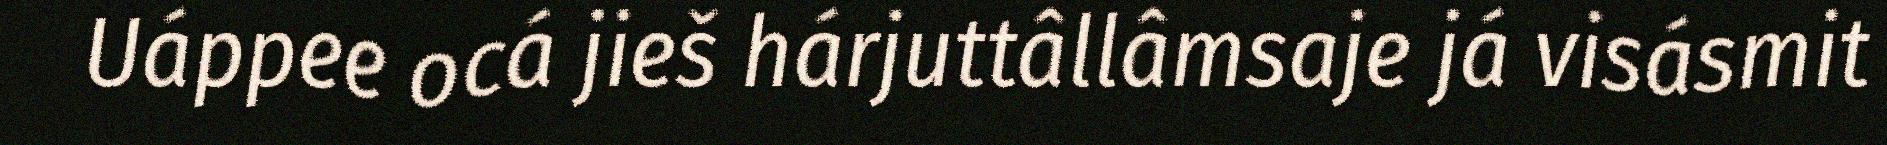
Uáppee ocá jieš hárjuttâllâmsaje já visásmit